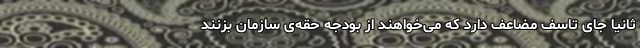
ثانیاً جای تاسف مضاعف دارد که می‌خواهند از بودجه حقه‌ی سازمان بزنند